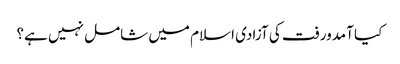
کیا آمدورفت کی آزادی اسلام میں شامل نہیں ہے؟